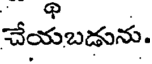
చేయబడును.